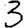
Digit: 3